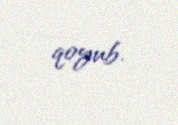
qoyub.